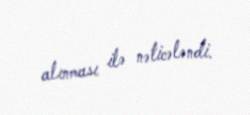
alınması ilə nəticələndi.